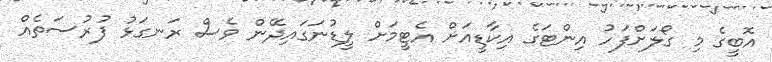
އޮބީގެ މި ގޯލަށްފަހު އިންޓަގެ އިކާޑީއަށް އެޓީމަށް ލީޑުނަގައިދޭން ވެސް ރަނގަޅު ފުރުސަތެއް